Annual administration report of the Civil Veterinary Department of India - 1896-1897
Year: 1896
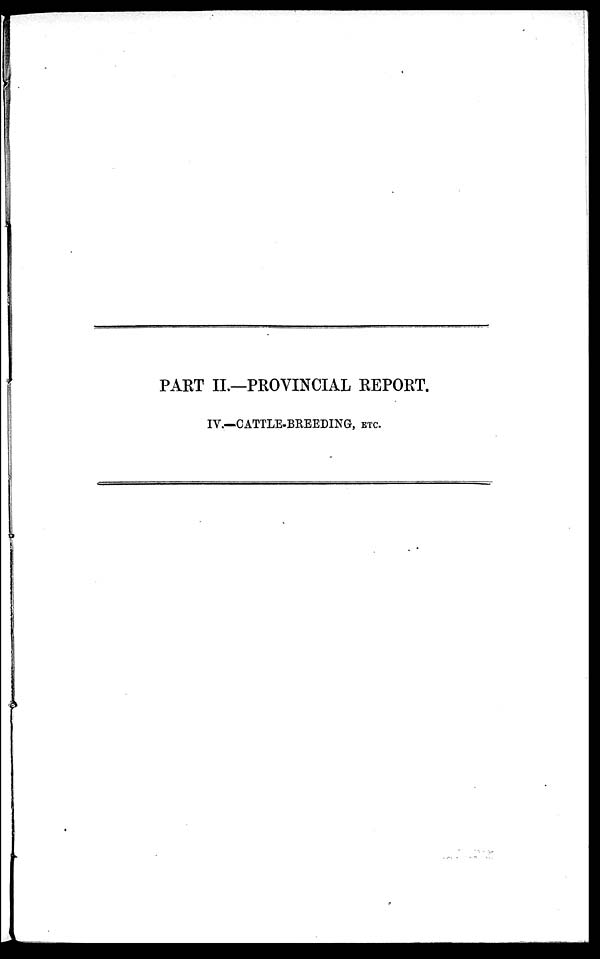
PART II.—PROVINCIAL REPORT.
IV.—CATTLE-BREEDING, ETC.